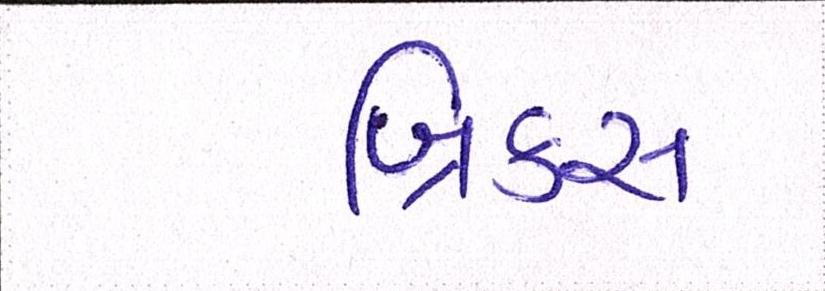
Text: બ્રિક્સ